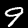
Label: 9